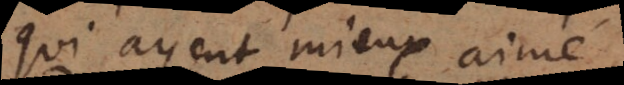
qui ayent mieux aimé